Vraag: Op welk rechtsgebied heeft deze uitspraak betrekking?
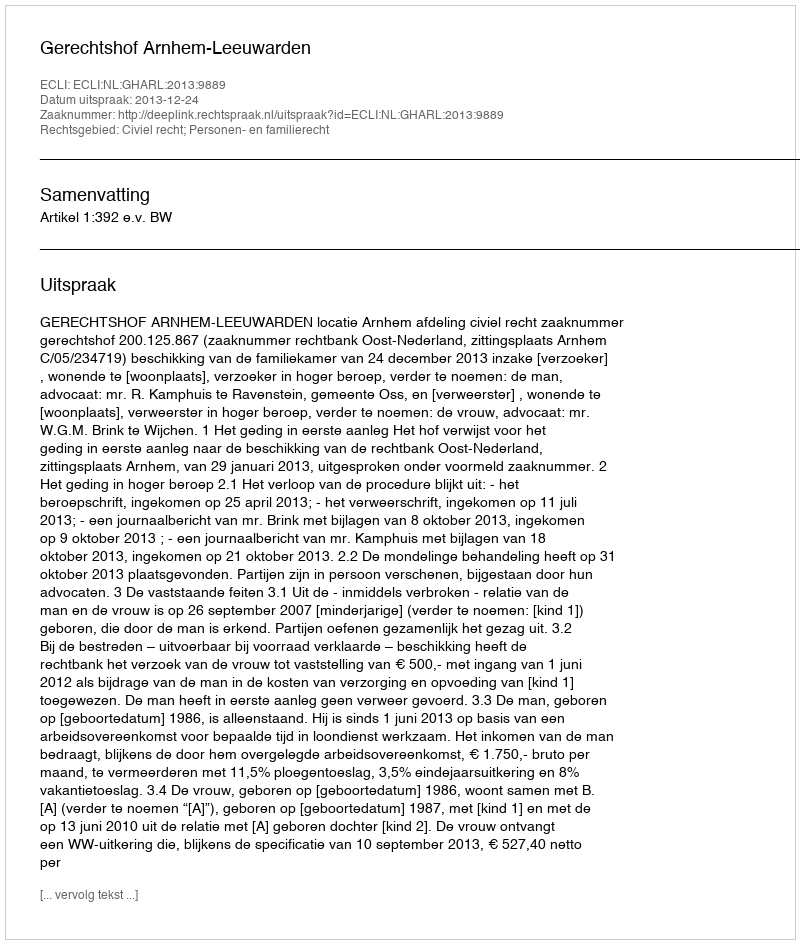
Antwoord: Civiel recht; Personen- en familierecht